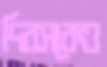
দিবসকেও